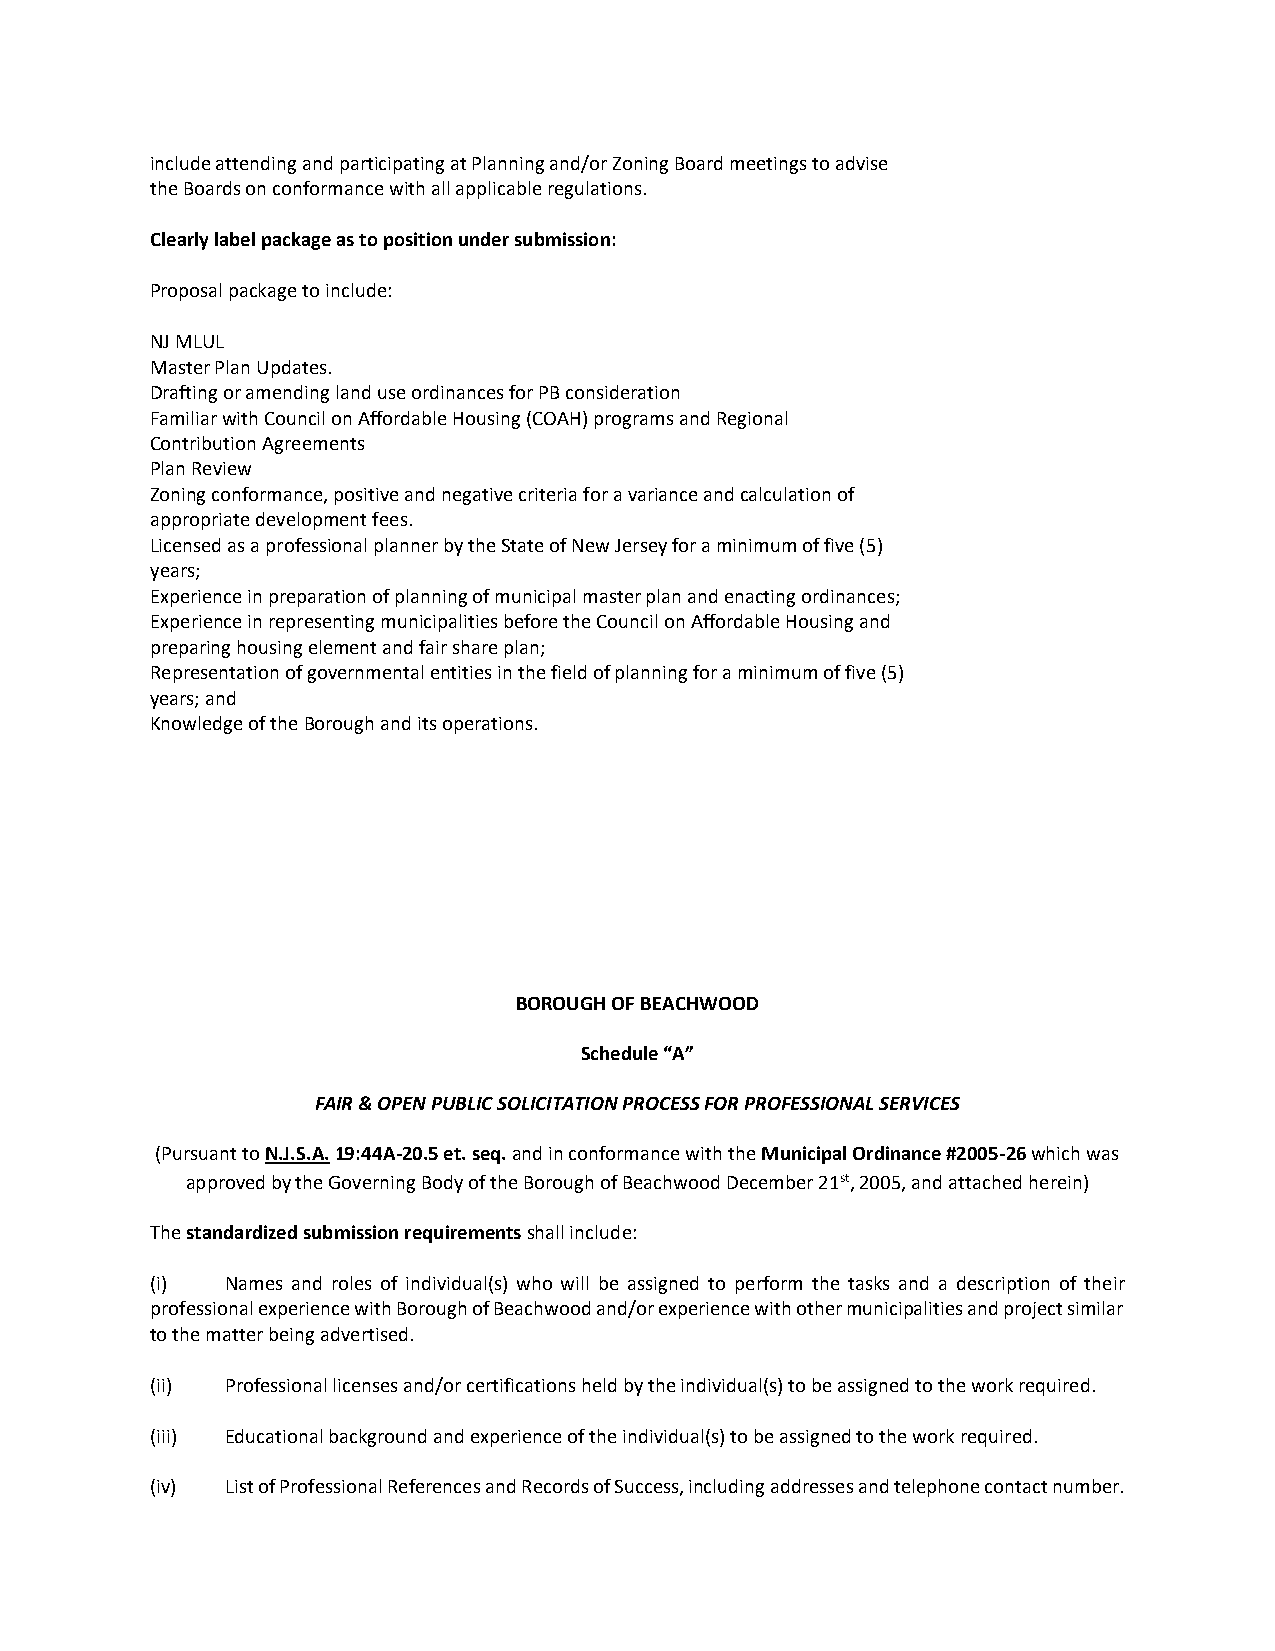
include attending and participating at Planning and/or Zoning Board meetings to advise
 the Boards on conformance with all applicable regulations.
 Clearly label package as to position under submission:
 Proposal package to include:
 NJ MLUL
 Master Plan Updates.
 Drafting or amending land use ordinances for PB consideration
 Familiar with Council on Affordable Housing (COAH) programs and Regional
 Contribution Agreements
 Plan Review
 Zoning conformance, positive and negative criteria for a variance and calculation of
 appropriate development fees.
 Licensed as a professional planner by the State of New Jersey for a minimum of five (5)
 years;
 Experience in preparation of planning of municipal master plan and enacting ordinances;
 Experience in representing municipalities before the Council on Affordable Housing and
 preparing housing element and fair share plan;
 Representation of governmental entities in the field of planning for a minimum of five (5)
 years; and
 Knowledge of the Borough and its operations.
 BOROUGH OF BEACHWOOD
 Schedule “A”
 FAIR & OPEN PUBLIC SOLICITATION PROCESS FOR PROFESSIONAL SERVICES
 (Pursuant to N.J.S.A. 19:44A-20.5 et. seq. and in conformance with the Municipal Ordinance #2005-26 which was
 approved by the Governing Body of the Borough of Beachwood December 21st, 2005, and attached herein)
 The standardized submission requirements shall include:
 (i)  Names and roles of individual(s) who will be assigned to perform the tasks and a description of their
 professional experience with Borough of Beachwood and/or experience with other municipalities and project similar
 to the matter being advertised.
 (ii) Professional licenses and/or certifications held by the individual(s) to be assigned to the work required.
 (iii) Educational background and experience of the individual(s) to be assigned to the work required.
 (iv) List of Professional References and Records of Success, including addresses and telephone contact number.